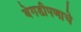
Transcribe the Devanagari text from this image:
बेगडीपणाचे